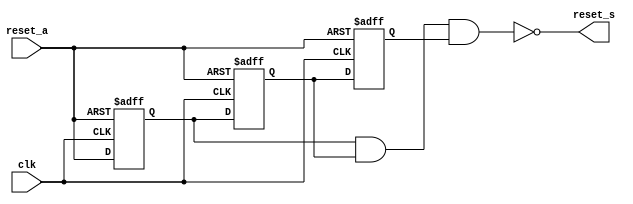
//POR.v
`timescale 1ns / 1ps
module POR(
      input reset_a,
      input clk,    
      output reset_s
);
 reg q0,q1,q2;
 
always@(posedge clk, negedge reset_a)
begin
 if (!reset_a) 
 begin
     q0 <= 1'b0;
     q1 <= 1'b0;
     q2 <= 1'b0;
 end    
 else 
 begin
     q0 <= reset_a;
     q1 <= q0;
     q2 <= q1;
 end    
end

assign reset_s = !(q0 & q1 & q2);
endmodule